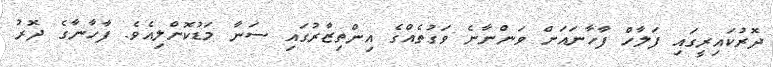
ދޮރުކައިރީގައި ފަލާހް ފާހާނައަށް ވަންނާނެ ވަގުތެއްގެ އިންތިޒާރުގައި ސަނާ މަޑުކޮށްލިއެވެ. ފާހާނާގެ ދޮރު